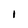
Character: 1